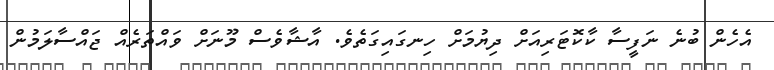
އެހެން ބުނެ ނަފީސާ ކާކޮޓަރިއަށް ދިޔުމަށް ހިނގައިގަތެވެ. އާޝާވެސް މޫނަށް ވައްތަރެއް ޖައްސާލަމުން